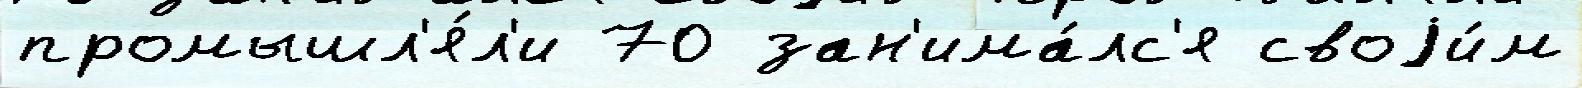
промышл'я́л'и 70 зан'има́лс'я своjи́м